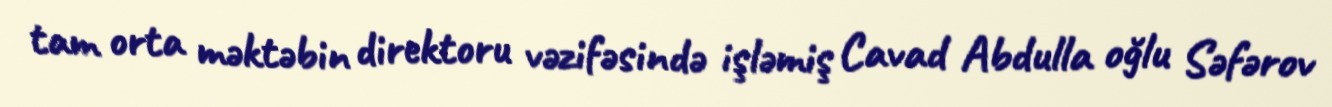
tam orta məktəbin direktoru vəzifəsində işləmiş Cavad Abdulla oğlu Səfərov